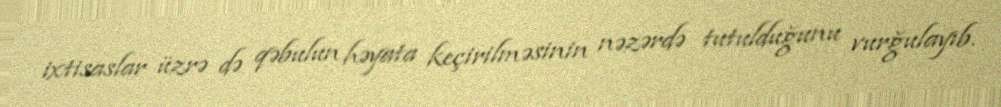
ixtisaslar üzrə də qəbulun həyata keçirilməsinin nəzərdə tutulduğunu vurğulayıb.